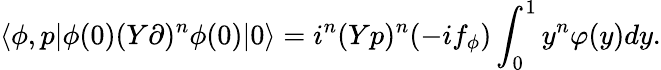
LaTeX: \langle\phi,{p}|\phi(0)(Y\partial)^{n}\phi(0)|0\rangle=i^{n}(Yp)^{n}(-if_{\phi})\int_{0}^{1}y^{n}\varphi(y)dy.